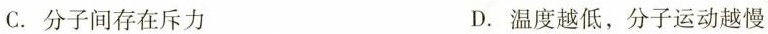
C. 分子间存在斥力 D. 温度越低，分子运动越慢